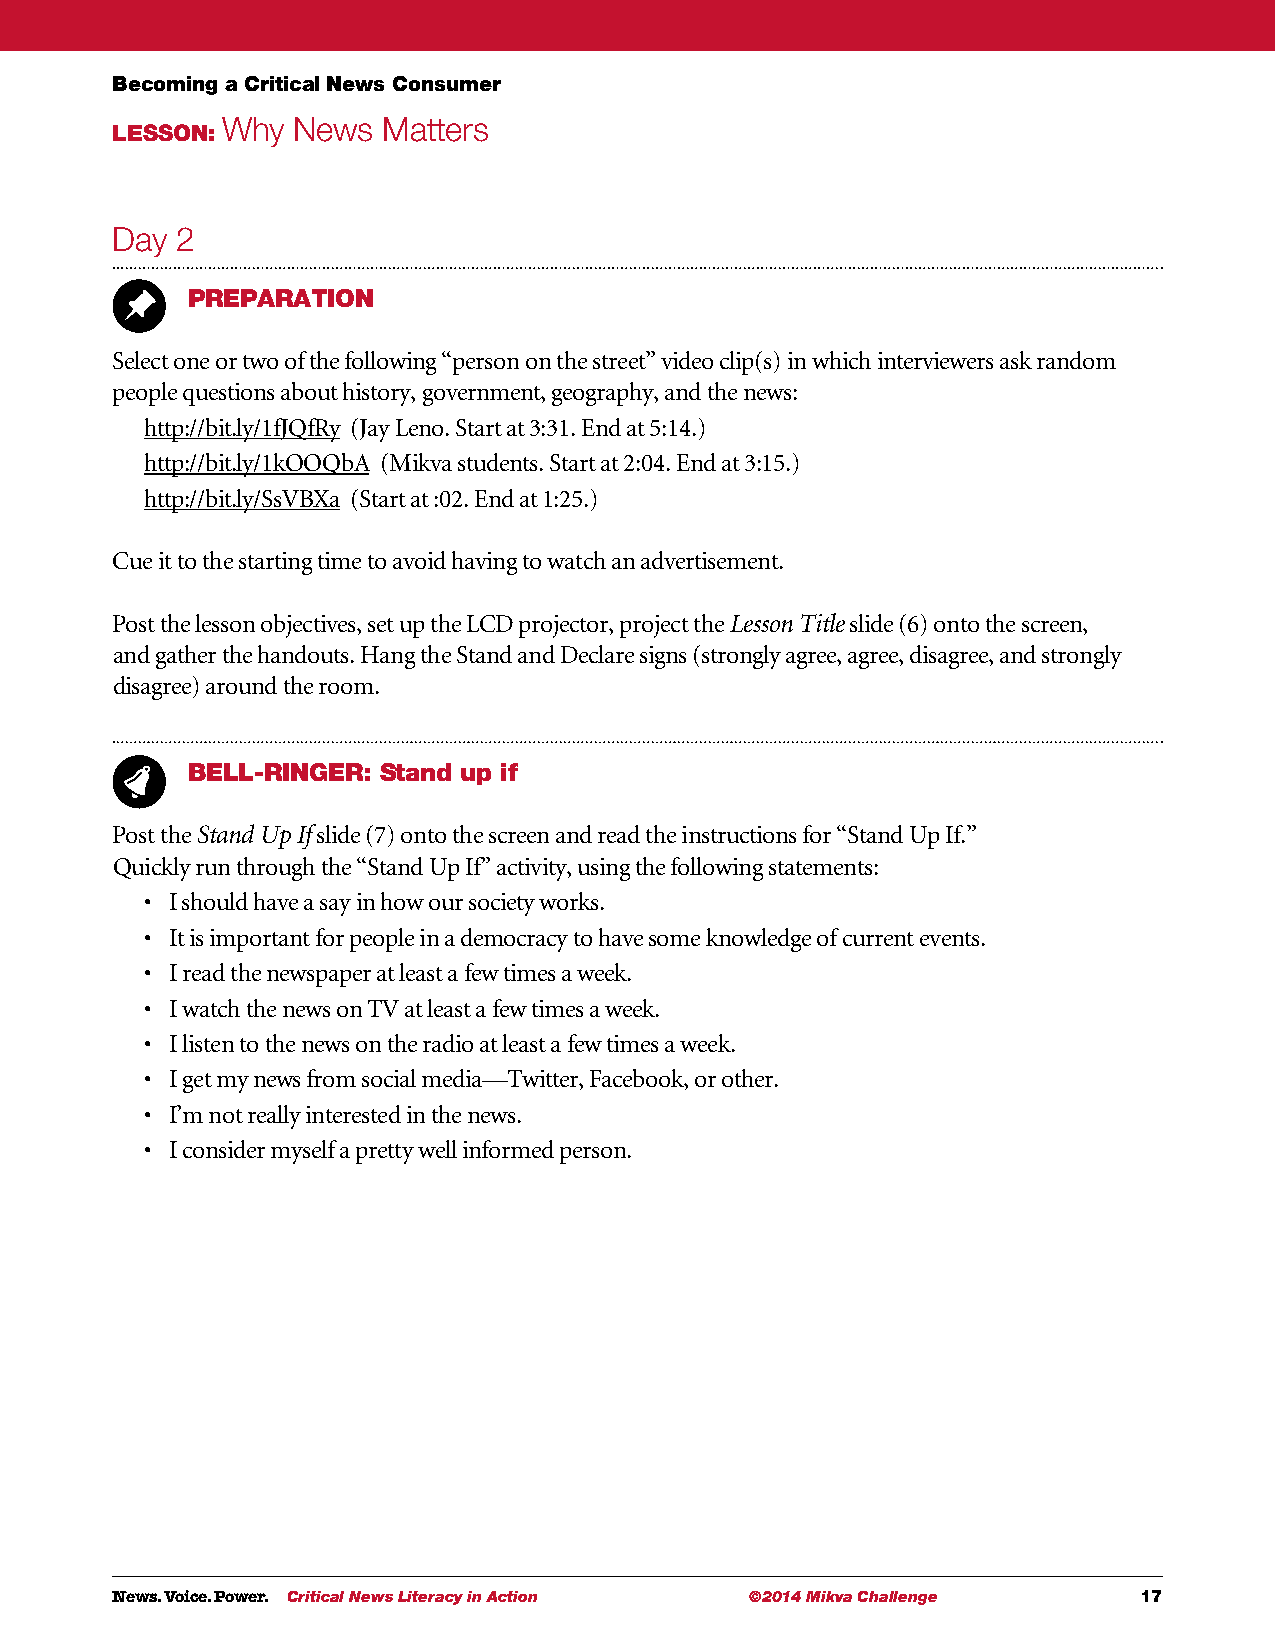
Becoming a Critical News Consumer
 Why News  Matters
 LESSON:
 Day  2
 PREPARATION
 Select one or two of the following “person on the street” video clip(s) in which interviewers ask random
 people questions about history, government, geography, and the news:
 http://bit.ly/1fJQfRy (Jay Leno. Start at 3:31. End at 5:14.)
 http://bit.ly/1kOOQbA (Mikva students. Start at 2:04. End at 3:15.)
 http://bit.ly/SsVBXa (Start at :02. End at 1:25.)
 Cue it to the starting time to avoid having to watch an advertisement.
 Post the lesson objectives, set up the LCD projector, project the Lesson Title slide (6) onto the screen,
 and gather the handouts. Hang the Stand and Declare signs (strongly agree, agree, disagree, and strongly
 disagree) around the room.
 BELL-RINGER: Stand up if
 Post the Stand Up If slide (7) onto the screen and read the instructions for “Stand Up If.”
 Quickly run through the “Stand Up If” activity, using the following statements:
 • I should have a say in how our society works.
 • It is important for people in a democracy to have some knowledge of current events.
 • I read the newspaper at least a few times a week.
 • I watch the news on TV at least a few times a week.
 • I listen to the news on the radio at least a few times a week.
 • I get my news from social media—Twitter, Facebook, or other.
 • I’m not really interested in the news.
 • I consider myself a pretty well informed person.
 News. Voice. Power. Critical News Literacy in Action ©2014 Mikva Challenge 17